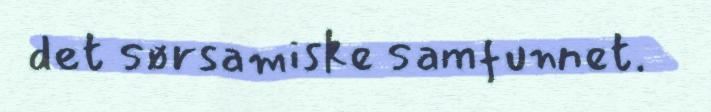
det sørsamiske samfunnet.